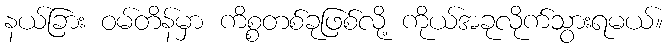
နယ်ခြား ဝမ်တိန်မှာ ကိစ္စတစ်ခုဖြစ်လို့ ကိုယ်အခုလိုက်သွားရမယ်။